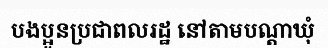
បងប្អូនប្រជាពលរដ្ឋ នៅតាមបណ្តាឃុំ